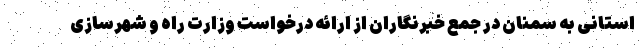
استانی به سمنان در جمع خبرنگاران از ارائه درخواست وزارت راه و شهرسازی